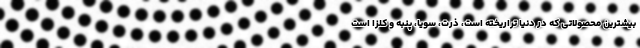
بیشترین محصولاتی که در دنیا تراریخته است، ذرت، سویا، پنبه و کلزا است